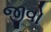
જીવો